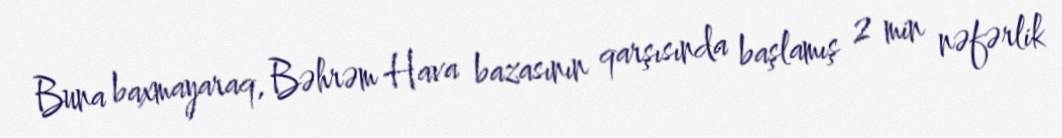
Buna baxmayaraq, Bəhrəm Hava bazasının qarşısında başlamış 2 min nəfərlik